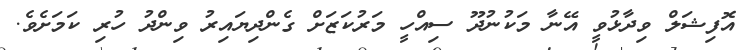
އޮފިޝަލް ވިދާޅުވީ އޭނާ މަކުނުދޫ ސިއްހީ މަރުކަޒަށް ގެންދިޔައިރު ވިންދު ހުރި ކަމަށެވެ.